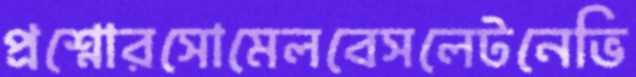
প্রশ্নোরসোমেলবেসলেটনেভি